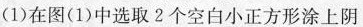
(1)在图(1)中选取2个空白小正方形涂上阴